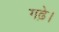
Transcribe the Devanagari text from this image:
गढ़े।